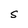
Character: S